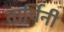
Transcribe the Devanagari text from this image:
तार्चिनी